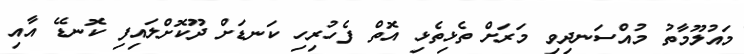
މައުލޫމާތު މުއްސަނދިވި މަރަށް ތެޅިތެޅި އޮތް ފެހުރިހި ކަނޑަށް ދޫކޮށްލައިފި ކޮނޑޭ އާއި